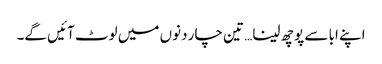
اپنے ابا سے پوچھ لینا… تین چار دنوں میں لوٹ آئیں گے۔